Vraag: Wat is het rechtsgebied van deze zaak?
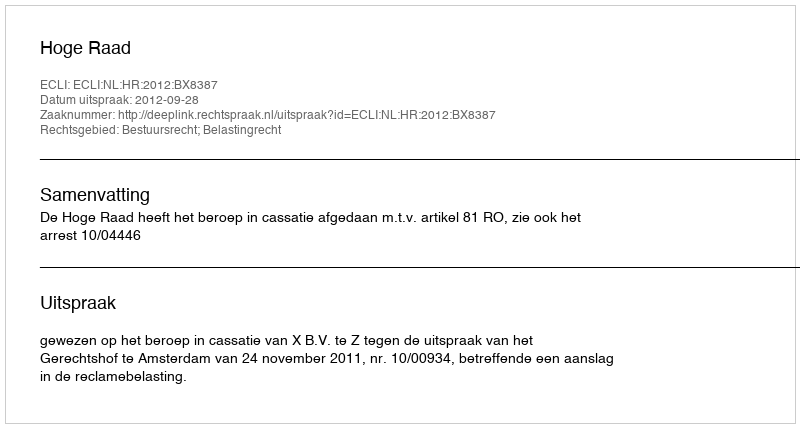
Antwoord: Bestuursrecht; Belastingrecht